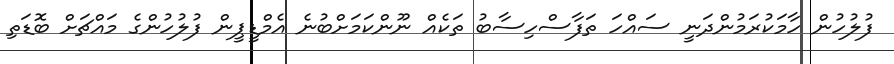
ފުލުހުން ހާމަކުރަމުންދަނީ ސައްހަ ތަފާސްހިސާބު ތަކެއް ނޫންކަމަށްބުނެ އެމްޑީޕީން ފުލުހުންގެ މައްޗަށް ބޮޑަތި